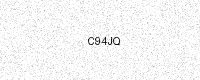
Text: C94JQ